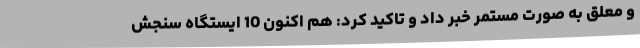
و معلق به صورت مستمر خبر داد و تاکید کرد: هم اکنون 10 ایستگاه سنجش